Annual report of the Madras Medical College
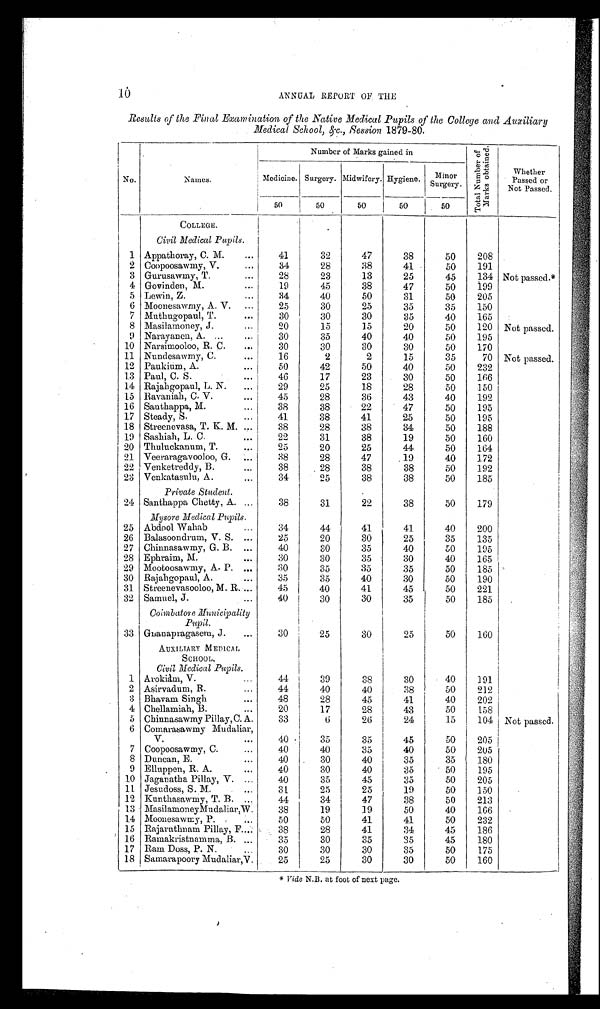
10
ANNUAL REPORT OF THE
Results of the Final Examination of the Native Medical Pupils of the College and Auxiliary
Medical School, &c., Session 1879-80.
No.
Names.
Number of Marks gained in
T o t a l N u m b e r o f M a r k s o b t a i n e d .
Wh e t h e r P a s s e d o r No t P a s s e d .
Medicine. Surgery. Midwifery. Hygiene.
Minor
Surgery.
50
5 0
50
50
50
COLLEGE.
Civil Medical Pupils.
1 Appathoray, C. M.
...
41
3 2
47
38
50
208
2 Coopoosawmy, V.
...
34
28
38
41
50
191
3 Gurusawmy, T.
...
28
23
13
25
45
134 Not passed.*
4 Govinden, M.
...
19
45
38
47
50
199
5 Lewin, Z.
...
34
40
50
31
50
205
6 Moonesawmy, A. V.
...
2 5 30
25
35
35
150
7 Muthugopaul, T.
...
30
30
3 0 35
40
165
8 Masilamoney, J.
...
20
15
15
20
50
120 Not passed.
9 Narayanen, A. ...
...
30
35
40
40
50
195
10 Narsimooloo, R. C.
...
30
30
30
30
50
170
11 Nundesawmy, C.
...
16
2
2
15
3 5 70 Not passed.
12 Paukium, A.
... 50
42
50
40
50
232
1.3 Paul, C. S.
...
46
17
23
30
50
166
14 Rajahgopaul, L. N.
... 29
25
18
28
50
150
15 Ravaniah, C. V.
... 45
28
36
43
40
192
16 Santhappa, M.
...
38
38
22
47
50
195
17 Steady, S.
...
41
38
41
25
50
195
18 Streenevasa, T. K. M. ...
38
28
38
34
50
188
19 Sashiah, L. C.
...
22
31
38
19
50
160
20 Thuluckanum, T.
... 25
20
25
44
50
164
21 Veeraragavooloo, G.
...
38
28
47
19
40
172
22 Venketreddy, B.
...
38
28
3 8 38
50
192
23 Venkatasulu, A.
...
34
25
38
38
50
185
Private Student.
24 Santhappa Chetty, A. ...
38
31
22
38
50
179
Mysore Medical Pupils.
25 Abdool Wahab
...
34
44
41
41
40
200
26 Balasoondrum, V. S. ...
25
20
30
25
35
135
27 Chinnasawmy, G. B.
...
40
30
3 5
40
50
195
28 Ephraim, M.
...
30
30
35
30
40
165
29 Mootoosawmy, A. P. ...
30
35
35
35
50
185
30 Rajahgopaul, A.
...
35
35
40
30
50
190
31 Streenevasooloo, M. R. ...
45
40
41
4 5
50
221
32 Samuel, J. ...
40
30
30
35
50
185
Coimbatore Municipality
Pupil.
33 Gnanapragasem, J.
...
30
25
30
25
50
160
AUXILIARY MEDICAL
S C H O O L .
Civil Medical Pupils.
1 Arokiam, V.
...
44
39
38
30
40
191
2 Asirvadum, R.
...
44
40
40
38
50
212
3 Bhavam Singh
48
28
45
41
40
202
4 Chellamiah, B.
...
20
17
28
43
50
158
5 Chinnasawmy Pillay, C. A.
33
6
26
24
15
104 Not passed.
6 Comarasawmy Mudaliar, V. ...
40
35
35
45
50
205
7 Coopoosawmy, C.
...
40
40
35
40
50
205
8 Duncan, E.
...
40
30
40
35
35
180
9 Elluppen, R. A.
...
40
30
40
35
50
195
10 Jaganatha Pillay, V. ...
40
35
45
35
50
205
11 Jesudoss, S. M.
...
31
25
25
19
50
150
12 Kunthasawmy, T. B.
...
44
34
47
38
50
213
1 3 MasilamoneyMudaliar, W.
38
19
19
50
40
166
14 Moonesawmy, P. ...
50
50
41
41
50
232
15 Rajarathnam Pillay, F. ...
38
28
41
34
45
186
16 Ramakristnamma, B. ...
35
30
35
35
45
180
17 Ram Doss, P. N.
...
30
30
30
35
50
175
18 Samarapoory Mudaliar,V.
25
2 5
3 0 30
50
160
* Vide N.B. at foot of next page.